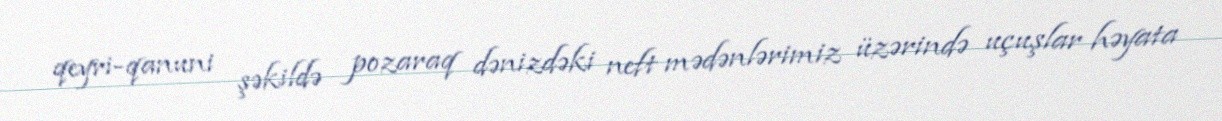
qeyri-qanuni şəkildə pozaraq dənizdəki neft mədənlərimiz üzərində uçuşlar həyata